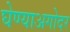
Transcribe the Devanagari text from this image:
घेण्याअगोदर